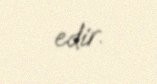
edir.